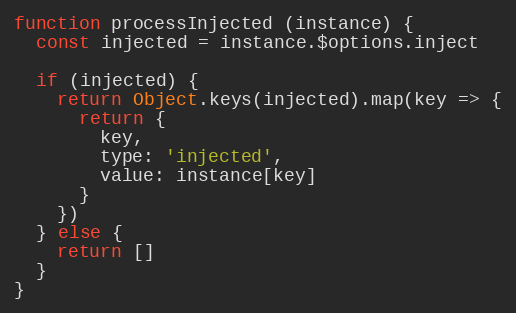
Language: JavaScript
function processInjected (instance) {
  const injected = instance.$options.inject

  if (injected) {
    return Object.keys(injected).map(key => {
      return {
        key,
        type: 'injected',
        value: instance[key]
      }
    })
  } else {
    return []
  }
}